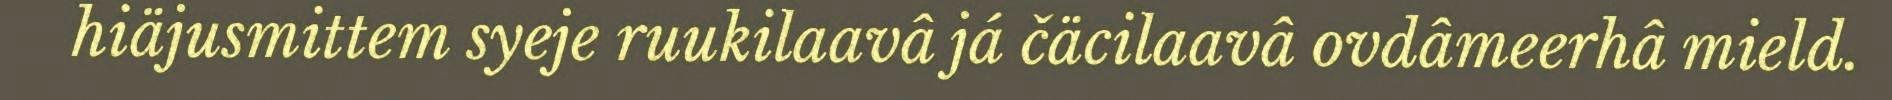
hiäjusmittem syeje ruukilaavâ já čäcilaavâ ovdâmeerhâ mield.